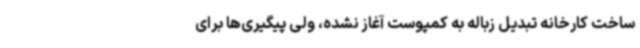
ساخت کارخانه تبدیل زباله به کمپوست آغاز نشده‌، ولی پیگیری‌ها برای